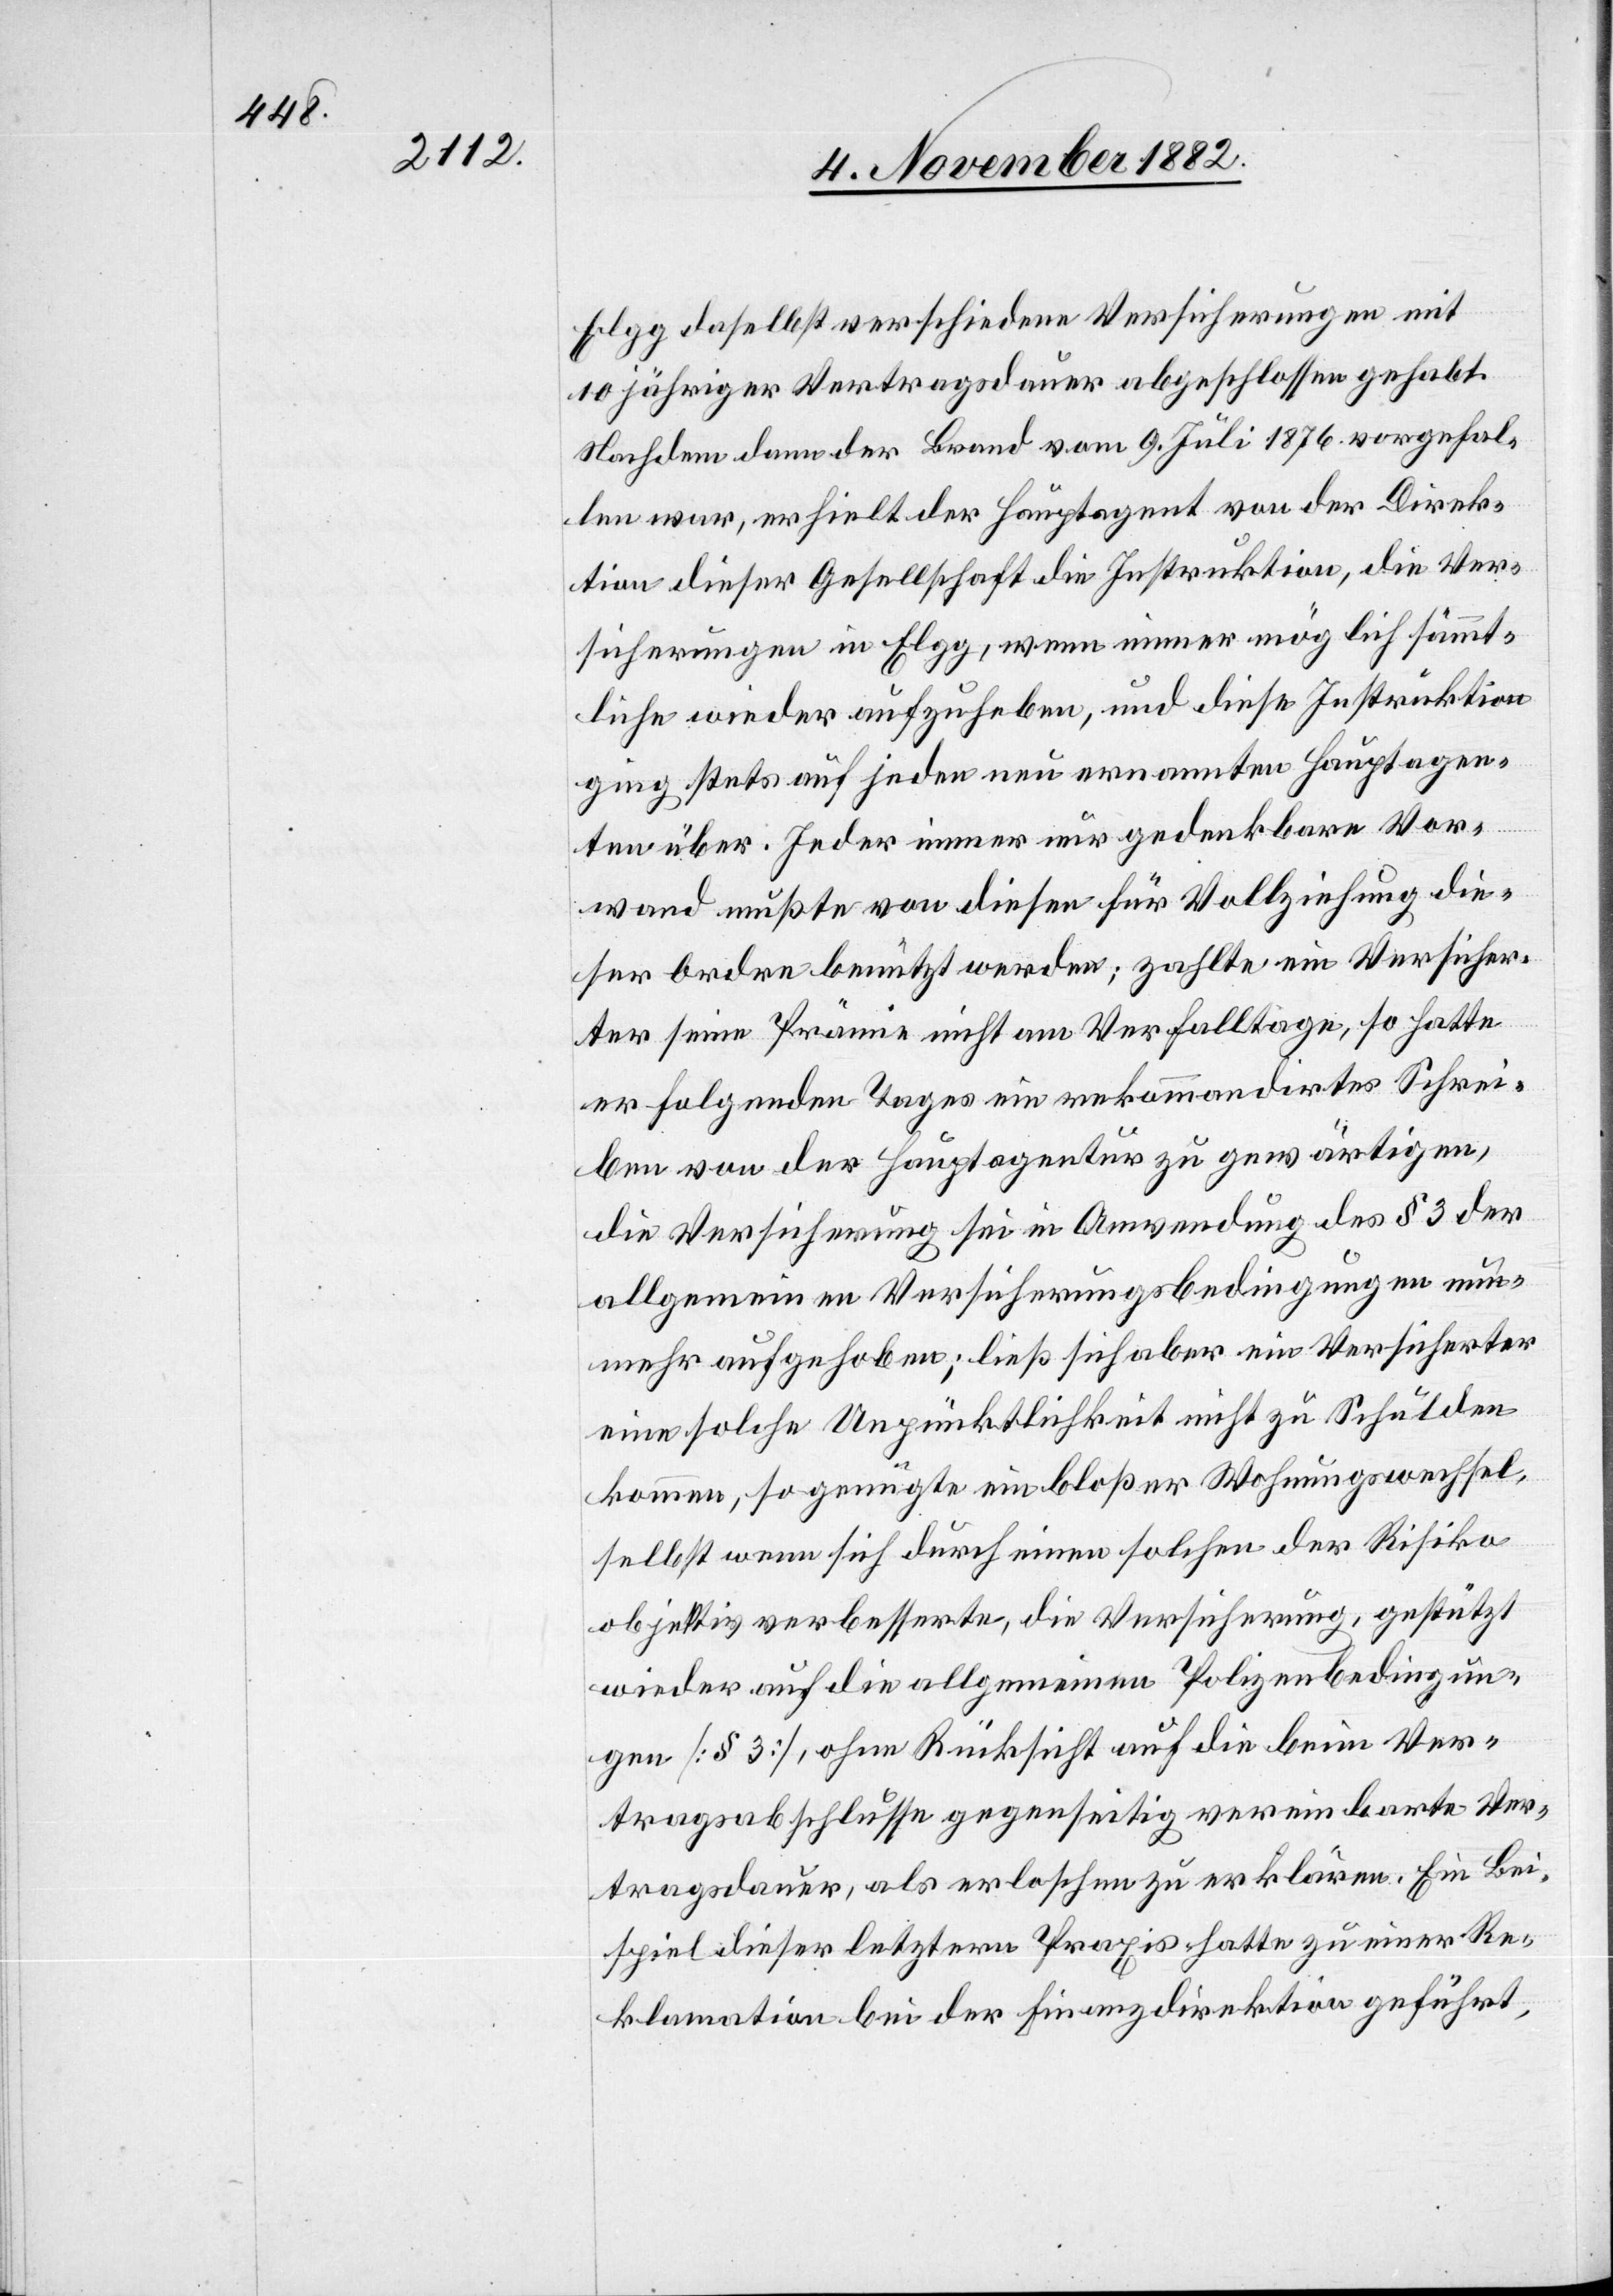
Elgg daselbst verschiedene Versicherungen mit
10jähriger Vertragsdauer abgeschlossen gehabt.
Nachdem dann der Brand vom 9. Juli 1876 vorgefal¬
len war, erhielt der Hauptagent von der Direk¬
tion dieser Gesellschaft die Instruktion, die Ver¬
sicherungen in Elgg, wenn immer möglich sämmt¬
liche wieder aufzuheben, und diese Instruktion
ging stets auf jeden neu ernannten Hauptagen¬
ten über. Jeder immer nur gedenkbare Vor¬
wand mußte von diesen für Vollziehung die¬
ser Ordre benützt werden; zahlte ein Versicher¬
ter seine Prämie nicht am Verfalltage, so hatte
er folgenden Tages ein rekommandirtes Schrei¬
ben von der Hauptagentur zu gewärtigen,
die Versicherung sei in Anwendung des § 3 der
allgemeinen Versicherungsbedingungen nun¬
mehr aufgehoben; ließ sich aber ein Versicherter
eine solche Unpünktlichkeit nicht zu Schulden
kommen, so genügte ein bloßer Wohnungswechsel,
selbst wenn sich durch einen solchen der Risiko
objektiv verbesserte, die Versicherung, gestützt
wieder auf die allgemeinen Polizenbedingun¬
gen [§ 3], ohne Rücksicht auf die beim Ver¬
tragsabschlusse gegenseitig vereinbarte Ver¬
tragsdauer, als erloschen zu erklären. Ein Bei¬
spiel dieser letztern Praxis hatte zu einer Re¬
klamation bei der Finanzdirektion geführt,